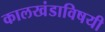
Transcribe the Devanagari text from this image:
कालखंडाविषयी